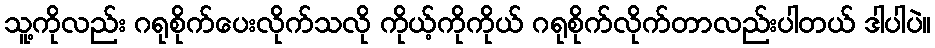
သူ့ကိုလည်း ဂရုစိုက်ပေးလိုက်သလို ကိုယ့်ကိုကိုယ် ဂရုစိုက်လိုက်တာလည်းပါတယ် ဒါပါပဲ။